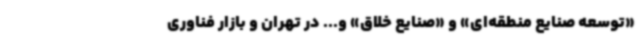
«توسعه صنایع منطقه‌ای» و «صنایع خلاق» و... در تهران و بازار فناوری